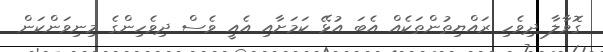
ގޮވާލާ ދިވެހި ރައްޔިތުންތަކެއް އެބަ އުޅޭ ކަމަށާއި އެއީ ވެސް ދިވެހިންގެ މިނިވަންކަން